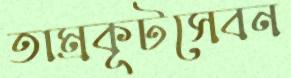
তাম্রকূটসেবন